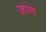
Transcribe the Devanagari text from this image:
जांन